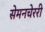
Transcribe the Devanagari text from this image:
सेमनचेररी